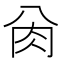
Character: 𰮀